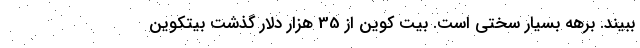
ببیند. برهه بسیار سختی است. بیت کوین از 35 هزار دلار گذشت بیتکوین